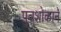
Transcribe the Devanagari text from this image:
पुत्रशोकाने